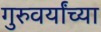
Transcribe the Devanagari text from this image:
गुरुवर्यांच्या